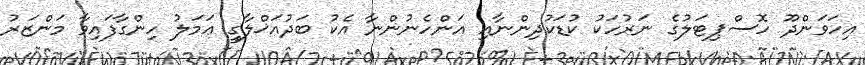
އިހަވަންދޫ ހޮސްޕިޓަލުގެ ނަރުހަކު ކުޑަކުދިންނާއި އަންހެނުންނާ އެކު ބަދުއަޚްލާގީ ޢަމަލު ހިންގާފައިވާ މަންޒަރު